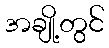
အချို့တွင်